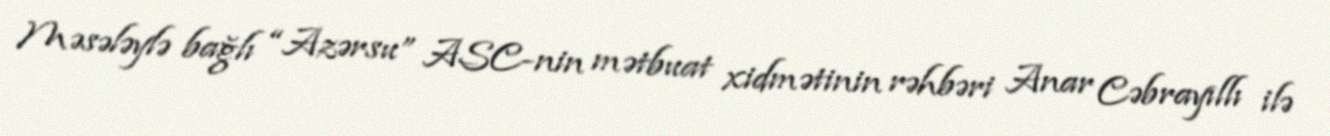
Məsələylə bağlı “Azərsu” ASC-nin mətbuat xidmətinin rəhbəri Anar Cəbrayıllı ilə